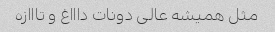
مثل همیشه عالى دونات داااغ و تااازه